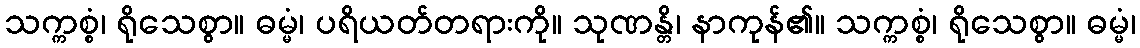
သက္ကစ္စံ၊ ရိုသေစွာ။ ဓမ္မံ၊ ပရိယတ်တရားကို။ သုဏန္တိ၊ နာကုန်၏။ သက္ကစ္စံ၊ ရိုသေစွာ။ ဓမ္မံ၊